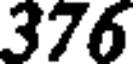
376